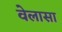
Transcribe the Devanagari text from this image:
वेलासा